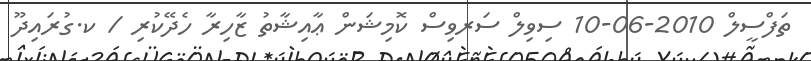
ތަފްސީލް 2010-06-10 ސިވިލް ސަރވިސް ކޮމިޝަން ޢާއިޝާތު ޒާހިރާ ހެދޭކުރި / ކ.ގުރައިދޫ